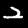
Digit: 2